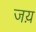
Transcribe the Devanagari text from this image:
जय़